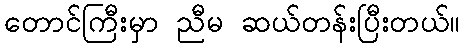
တောင်ကြီးမှာ ညီမ ဆယ်တန်းပြီးတယ်။